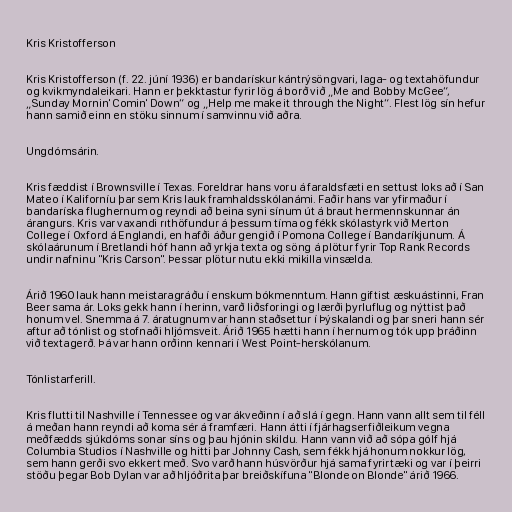
Kris Kristofferson

Kris Kristofferson (f. 22. júní 1936) er bandarískur kántrýsöngvari, laga- og textahöfundur
og kvikmyndaleikari. Hann er þekktastur fyrir lög á borð við „Me and Bobby McGee“,
„Sunday Mornin' Comin' Down“ og „Help me make it through the Night“. Flest lög sín hefur
hann samið einn en stöku sinnum í samvinnu við aðra.

Ungdómsárin.

Kris fæddist í Brownsville í Texas. Foreldrar hans voru á faraldsfæti en settust loks að í San
Mateo í Kaliforníu þar sem Kris lauk framhaldsskólanámi. Faðir hans var yfirmaður í
bandaríska flughernum og reyndi að beina syni sínum út á braut hermennskunnar án
árangurs. Kris var vaxandi rıthöfundur á þessum tíma og fékk skólastyrk við Merton
College í Oxford á Englandi, en hafði áður gengið í Pomona College í Bandaríkjunum. Á
skólaárunum í Bretlandi hóf hann að yrkja texta og söng á plötur fyrir Top Rank Records
undir nafninu "Kris Carson". Þessar plötur nutu ekki mikilla vinsælda.

Árið 1960 lauk hann meistaragráðu í enskum bókmenntum. Hann giftist æskuástinni, Fran
Beer sama ár. Loks gekk hann í herinn, varð liðsforingi og lærði þyrluflug og nýttist það
honum vel. Snemma á 7. áratugnum var hann staðsettur í Þýskalandi og þar sneri hann sér
aftur að tónlist og stofnaði hljómsveit. Árið 1965 hætti hann í hernum og tók upp þráðinn
við textagerð. Þá var hann orðinn kennari í West Point-herskólanum.

Tónlistarferill.

Kris flutti til Nashville í Tennessee og var ákveðinn í að slá í gegn. Hann vann allt sem til féll
á meðan hann reyndi að koma sér á framfæri. Hann átti í fjárhagserfiðleikum vegna
meðfædds sjúkdóms sonar síns og þau hjónin skildu. Hann vann við að sópa gólf hjá
Columbia Studios í Nashville og hitti þar Johnny Cash, sem fékk hjá honum nokkur lög,
sem hann gerði svo ekkert með. Svo varð hann húsvörður hjá sama fyrirtæki og var í þeirri
stöðu þegar Bob Dylan var að hljóðrita þar breiðskífuna "Blonde on Blonde" árið 1966.